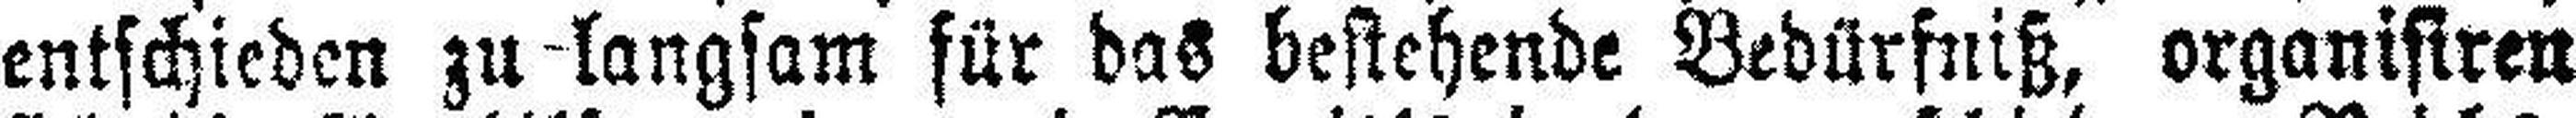
entschieden zu langsam für das bestehende Bedürfniß, organisiren